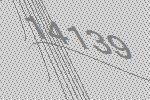
14139